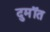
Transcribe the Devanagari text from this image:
दुमॉत